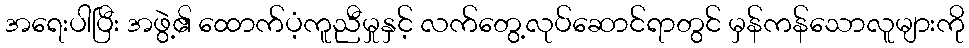
အရေးပါပြီး အဖွဲ့၏ ထောက်ပံ့ကူညီမှုနှင့် လက်တွေ့လုပ်ဆောင်ရာတွင် မှန်ကန်သောလူများကို